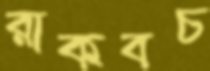
রাকবচ